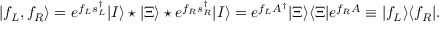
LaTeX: | f _ { L } , f _ { R } \rangle = e ^ { f _ { L } s _ { L } ^ { \dag } } | I \rangle \star | \Xi \rangle \star e ^ { f _ { R } s _ { R } ^ { \dag } } | I \rangle = e ^ { f _ { L } A ^ { \dag } } | \Xi \rangle \langle \Xi | e ^ { f _ { R } A } \equiv | f _ { L } \rangle \langle f _ { R } | .